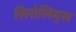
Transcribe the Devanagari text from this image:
सिरोलिमुस